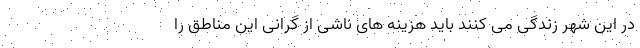
در این شهر زندگی می کنند باید هزینه های ناشی از گرانی این مناطق را